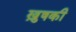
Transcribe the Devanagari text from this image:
ख़ुषकी